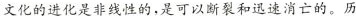
文化的进化发性的，是可以断长和速地消亡的。历